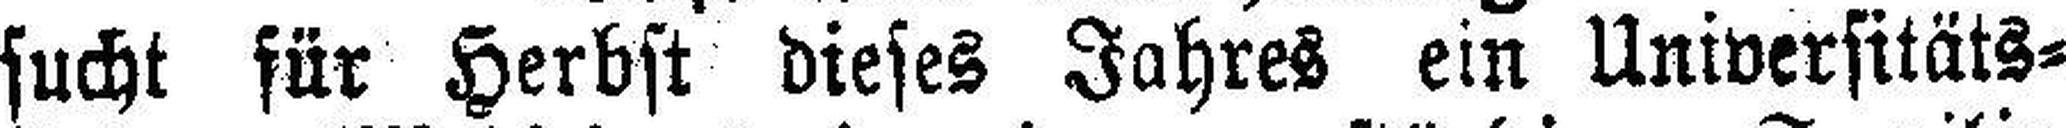
sucht für Herbst dieses Jahres ein Universitäts¬